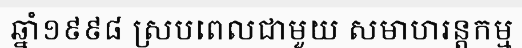
ឆ្នាំ១៩៩៨ ស្របពេលជាមួយ សមាហរន្តកម្ម